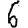
Digit: 6